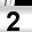
Digit: 2